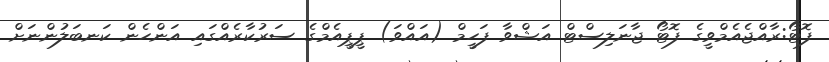
ފޮޓޯ:ރާއްޖެއެމްވީގެ ފޮޓޯ ޖާނަލިސްޓް އަޝްވާ ފަހީމް (އައްވަ) ޕީޕީއެމްގެ ސަރުކާރެއްގައި އަންހެން ކަނބަލުންނަށް